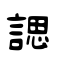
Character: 諰